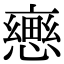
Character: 𢢦